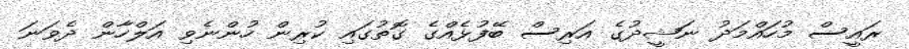
ރައީސް މުހައްމަދު ނަޝީދުގެ އަރިސް ބޭފުޅެއްގެ ގޮތުގައި ކުރިން ހުންނެވި އަލްހާން ދެވަނަ